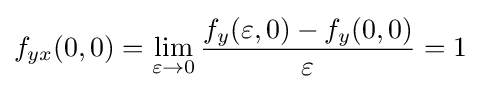
f_{yx}(0,0)=\lim _{\varepsilon \to 0}{\frac {f_{y}(\varepsilon ,0)-f_{y}(0,0)}{\varepsilon }}=1